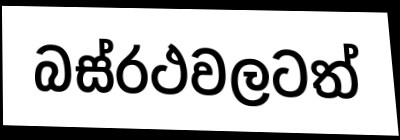
බස්රථවලටත්